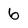
Character: 6